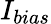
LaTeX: I_{bias}